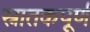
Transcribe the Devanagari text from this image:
स्नातकपूर्ण